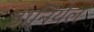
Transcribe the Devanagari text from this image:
डानियेल